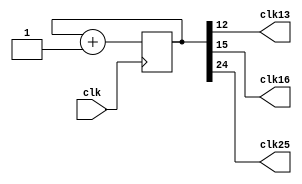
module clock_divider(clk13, clk16, clk25, clk);
input clk;
output clk13;
output clk16;
output clk25;

reg [24:0] num;
wire [24:0] next_num;

always @(posedge clk) begin
  num <= next_num;
end

assign next_num = num + 1'b1;
assign clk13 = num[12];
assign clk16 = num[15];
assign clk25 = num[24];
endmodule